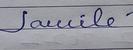
Signature authenticity: forged